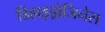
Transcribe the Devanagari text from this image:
डिहाइड्रोजिनेस